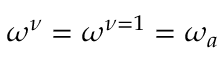
\omega ^ { \nu } = \omega ^ { \nu = 1 } = \omega _ { a }